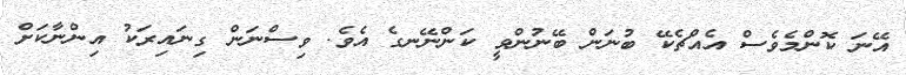
އޭނަ ކޮންމެވެސް އެއްޗެކޭ ބުނަން ބޭނުންވީ ކަންނޭނގެ އެވެ. ވިސްނަން ގިނައިރަކު އިންނާކަށް